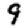
Digit: 9